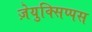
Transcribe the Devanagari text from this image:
ज़ेयुक्सिप्पस